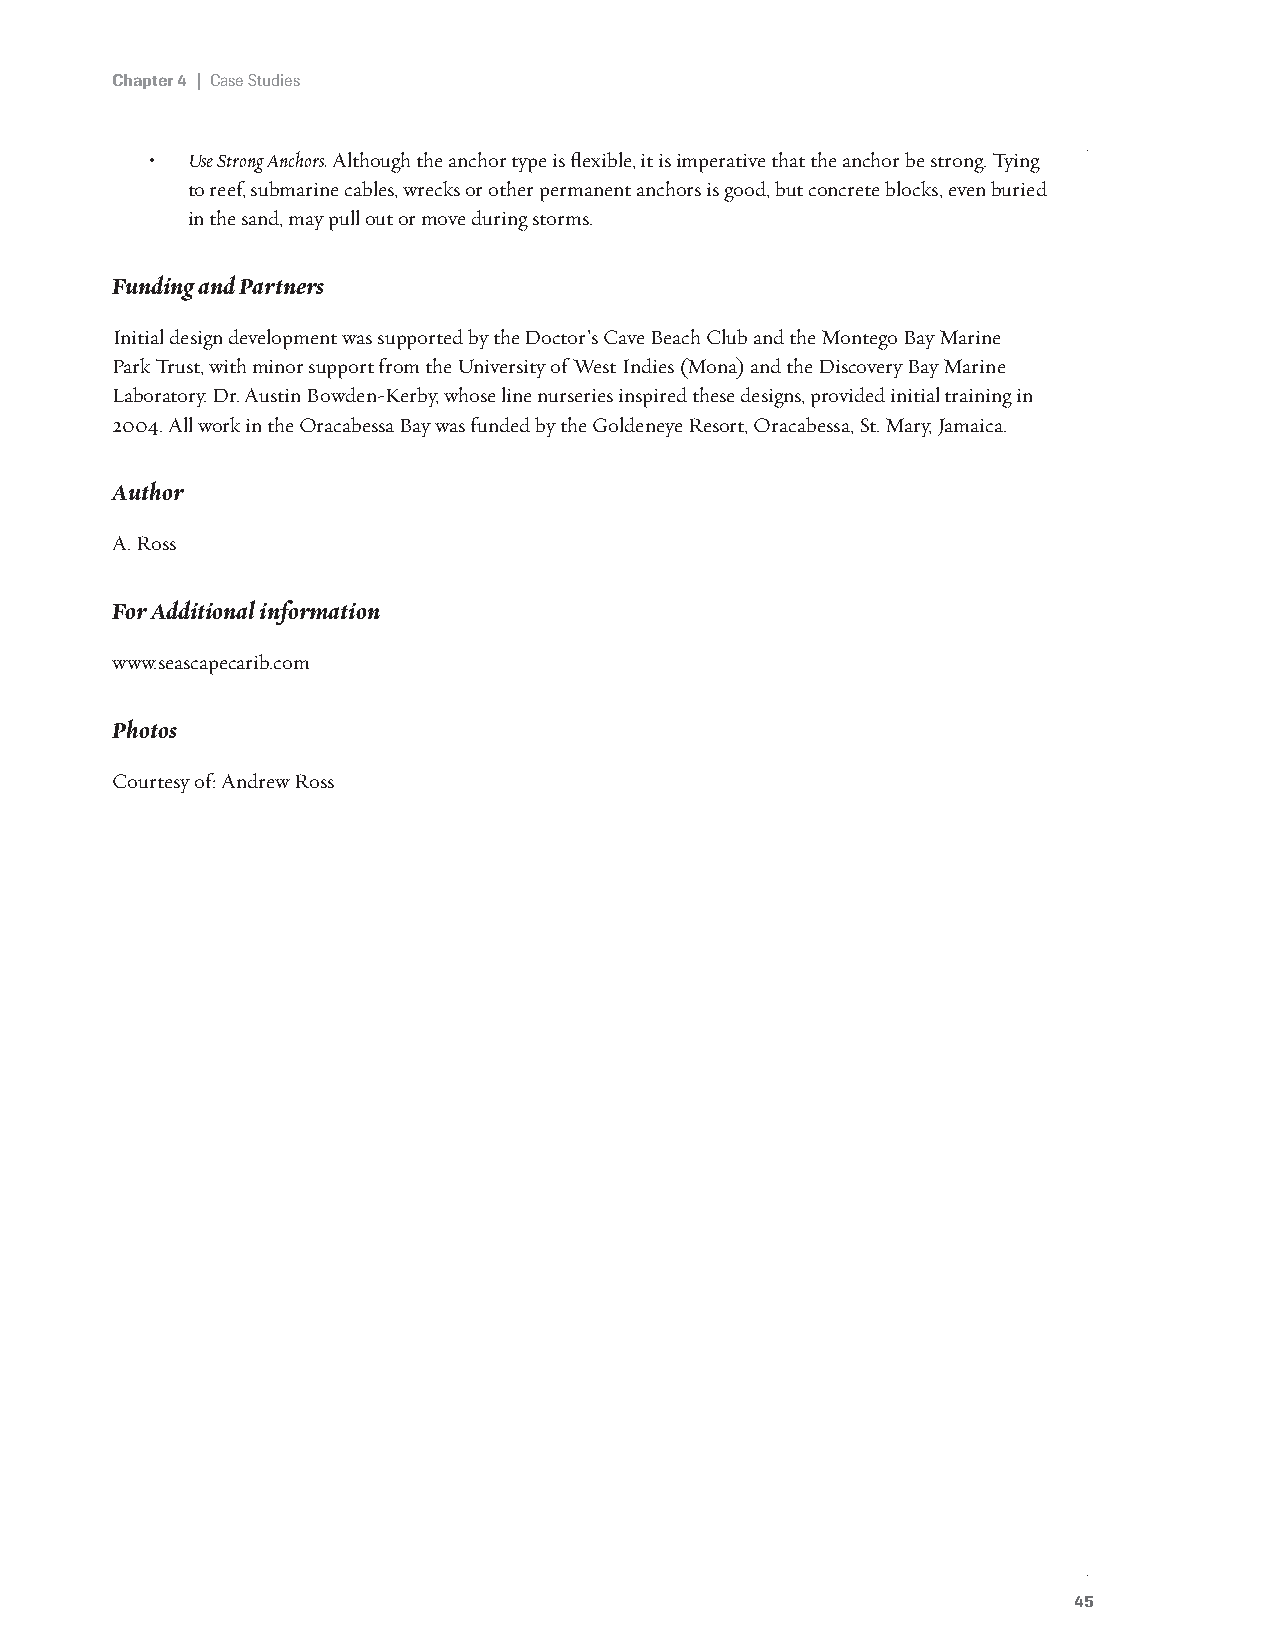
Chapter 4 | Case Studies
 • Use Strong Anchors. Although the anchor type is flexible, it is imperative that the anchor be strong. Tying
 to reef, submarine cables, wrecks or other permanent anchors is good, but concrete blocks, even buried
 in the sand, may pull out or move during storms.
 Funding and Partners
 Initial design development was supported by the Doctor’s Cave Beach Club and the Montego Bay Marine
 Park Trust, with minor support from the University of West Indies (Mona) and the Discovery Bay Marine
 Laboratory. Dr. Austin Bowden-Kerby, whose line nurseries inspired these designs, provided initial training in
 2004. All work in the Oracabessa Bay was funded by the Goldeneye Resort, Oracabessa, St. Mary, Jamaica.
 Author
 A. Ross
 For Additional information
 www.seascapecarib.com
 Photos
 Courtesy of: Andrew Ross
 45